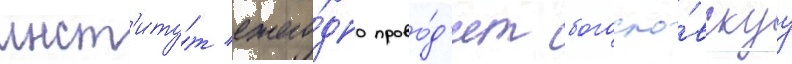
инст'иту́т ежего́дно прово́д'ит богосло́вскуу